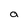
Character: a